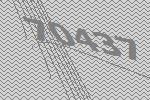
70437